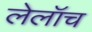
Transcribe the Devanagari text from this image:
लेलॉच